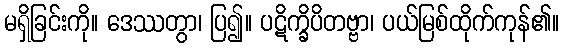
မရှိခြင်းကို။ ဒေဿတွာ၊ ပြ၍။ ပဋိက္ခိပိတဗ္ဗာ၊ ပယ်မြစ်ထိုက်ကုန်၏။